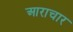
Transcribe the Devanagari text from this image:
आराचार